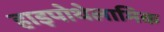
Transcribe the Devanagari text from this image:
हाइपोथेलामिक